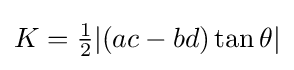
K={\tfrac {1}{2}}|(ac-bd)\tan {\theta }|